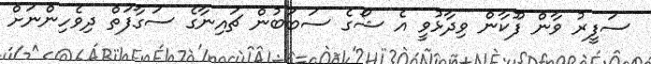
ސަފީރު ވާން ފޫކާން ވިދާޅުވީ އެ ޝޯގެ ސަބަބުން ޗައިނާގެ ސަގާފަތް ދިވެހިންނަށް